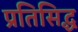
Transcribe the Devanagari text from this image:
प्रतिसिद्ध